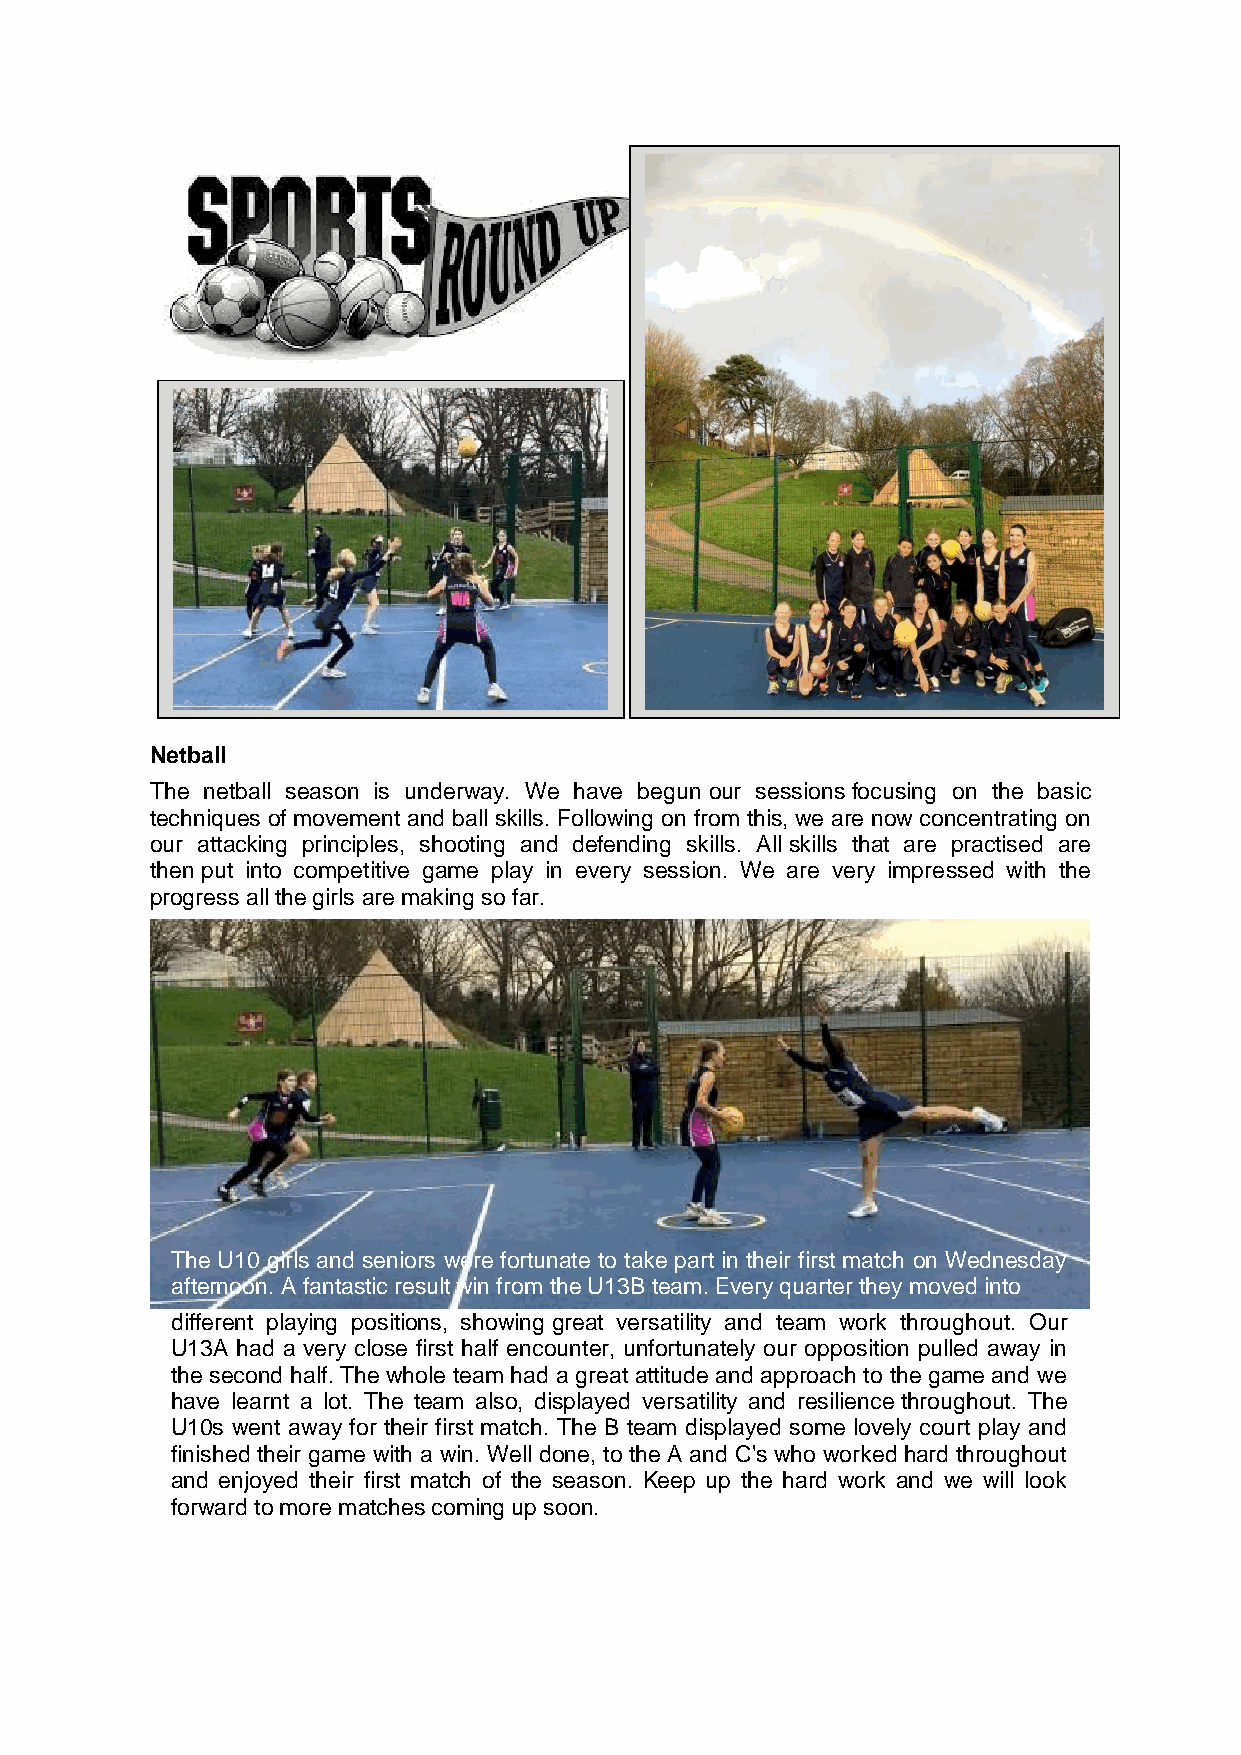
Netball
 The netball season is underway. We have begun our sessions focusing on the basic
 techniques of movement and ball skills. Following on from this, we are now concentrating on
 our attacking principles, shooting and defending skills. All skills that are practised are
 then put into competitive game play in every session. We are very impressed with the
 progress all the girls are making so far.
 The U10 girls and seniors were fortunate to take part in their first match on Wednesday
 afternoon. A fantastic result win from the U13B team. Every quarter they moved into
 different playing positions, showing great versatility and team work throughout. Our
 U13A had a very close first half encounter, unfortunately our opposition pulled away in
 the second half. The whole team had a great attitude and approach to the game and we
 have learnt a lot. The team also, displayed versatility and resilience throughout. The
 U10s went away for their first match. The B team displayed some lovely court play and
 finished their game with a win. Well done, to the A and C's who worked hard throughout
 and enjoyed their first match of the season. Keep up the hard work and we will look
 forward to more matches coming up soon.